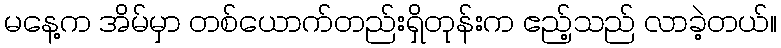
မနေ့က အိမ်မှာ တစ်ယောက်တည်းရှိတုန်းက ဧည့်သည် လာခဲ့တယ်။